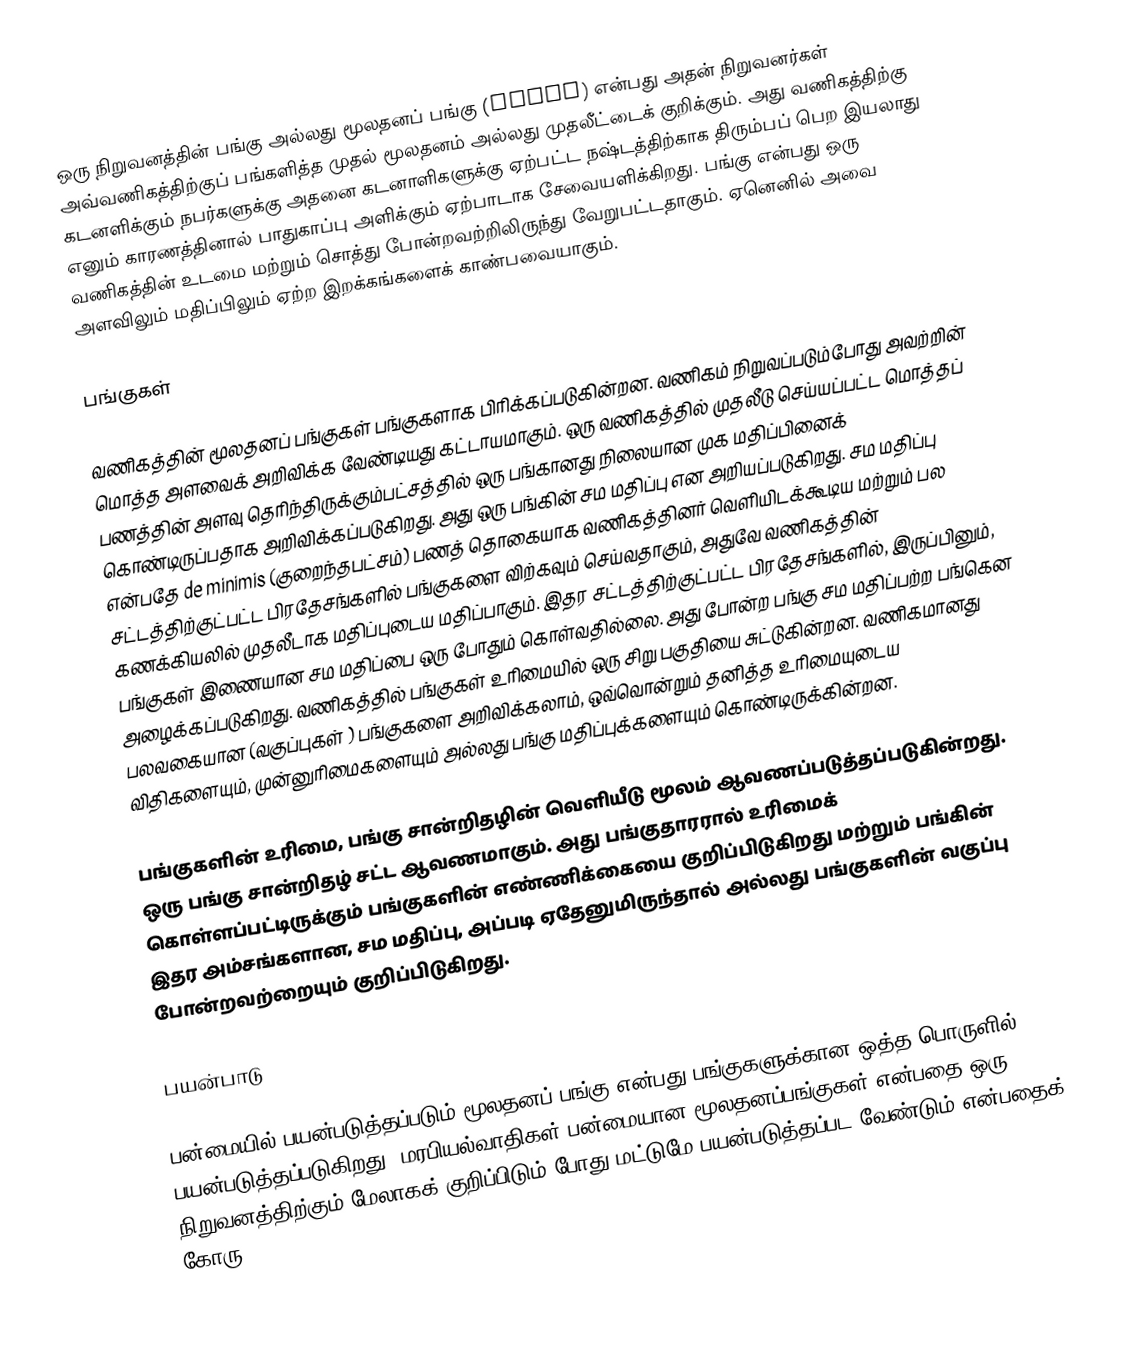
ஒரு நிறுவனத்தின் பங்கு  அல்லது மூலதனப் பங்கு (stock) என்பது அதன் நிறுவனர்கள் அவ்வணிகத்திற்குப் பங்களித்த முதல் மூலதனம் அல்லது முதலீட்டைக் குறிக்கும். அது வணிகத்திற்கு கடனளிக்கும் நபர்களுக்கு அதனை கடனாளிகளுக்கு ஏற்பட்ட நஷ்டத்திற்காக திரும்பப் பெற இயலாது எனும் காரணத்தினால் பாதுகாப்பு அளிக்கும் ஏற்பாடாக சேவையளிக்கிறது. பங்கு என்பது ஒரு வணிகத்தின் உடமை மற்றும் சொத்து போன்றவற்றிலிருந்து வேறுபட்டதாகும். ஏனெனில் அவை அளவிலும் மதிப்பிலும் ஏற்ற இறக்கங்களைக் காண்பவையாகும்.

பங்குகள்

வணிகத்தின் மூலதனப் பங்குகள் பங்குகளாக பிரிக்கப்படுகின்றன. வணிகம் நிறுவப்படும்போது அவற்றின் மொத்த அளவைக் அறிவிக்க வேண்டியது கட்டாயமாகும். ஒரு வணிகத்தில் முதலீடு செய்யப்பட்ட மொத்தப் பணத்தின் அளவு தெரிந்திருக்கும்பட்சத்தில் ஒரு பங்கானது நிலையான முக மதிப்பினைக் கொண்டிருப்பதாக அறிவிக்கப்படுகிறது. அது ஒரு பங்கின் சம மதிப்பு என அறியப்படுகிறது. சம மதிப்பு என்பதே de minimis  (குறைந்தபட்சம்) பணத் தொகையாக வணிகத்தினர் வெளியிடக்கூடிய மற்றும் பல சட்டத்திற்குட்பட்ட பிரதேசங்களில் பங்குகளை விற்கவும் செய்வதாகும், அதுவே வணிகத்தின் கணக்கியலில் முதலீடாக மதிப்புடைய மதிப்பாகும். இதர சட்டத்திற்குட்பட்ட பிரதேசங்களில், இருப்பினும், பங்குகள் இணையான சம மதிப்பை ஒரு போதும் கொள்வதில்லை. அது போன்ற பங்கு சம மதிப்பற்ற பங்கென அழைக்கப்படுகிறது. வணிகத்தில் பங்குகள் உரிமையில் ஒரு சிறு பகுதியை சுட்டுகின்றன. வணிகமானது பலவகையான (வகுப்புகள் ) பங்குகளை அறிவிக்கலாம், ஒவ்வொன்றும் தனித்த உரிமையுடைய விதிகளையும், முன்னுரிமைகளையும் அல்லது பங்கு மதிப்புக்களையும் கொண்டிருக்கின்றன.

பங்குகளின் உரிமை, பங்கு சான்றிதழின் வெளியீடு மூலம் ஆவணப்படுத்தப்படுகின்றது. ஒரு பங்கு சான்றிதழ் சட்ட ஆவணமாகும். அது பங்குதாரரால் உரிமைக் கொள்ளப்பட்டிருக்கும் பங்குகளின் எண்ணிக்கையை குறிப்பிடுகிறது மற்றும் பங்கின் இதர அம்சங்களான, சம மதிப்பு, அப்படி ஏதேனுமிருந்தால் அல்லது பங்குகளின் வகுப்பு போன்றவற்றையும் குறிப்பிடுகிறது.

பயன்பாடு

பன்மையில் பயன்படுத்தப்படும் மூலதனப் பங்கு  என்பது பங்குகளுக்கான  ஒத்த பொருளில் பயன்படுத்தப்படுகிறது. மரபியல்வாதிகள் பன்மையான மூலதனப்பங்குகள்  என்பதை ஒரு நிறுவனத்திற்கும் மேலாகக் குறிப்பிடும் போது மட்டுமே பயன்படுத்தப்பட வேண்டும் என்பதைக் கோரு